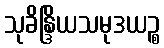
သုခိန္ဒြိယသမုဒယဉ္စ